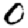
Digit: 0